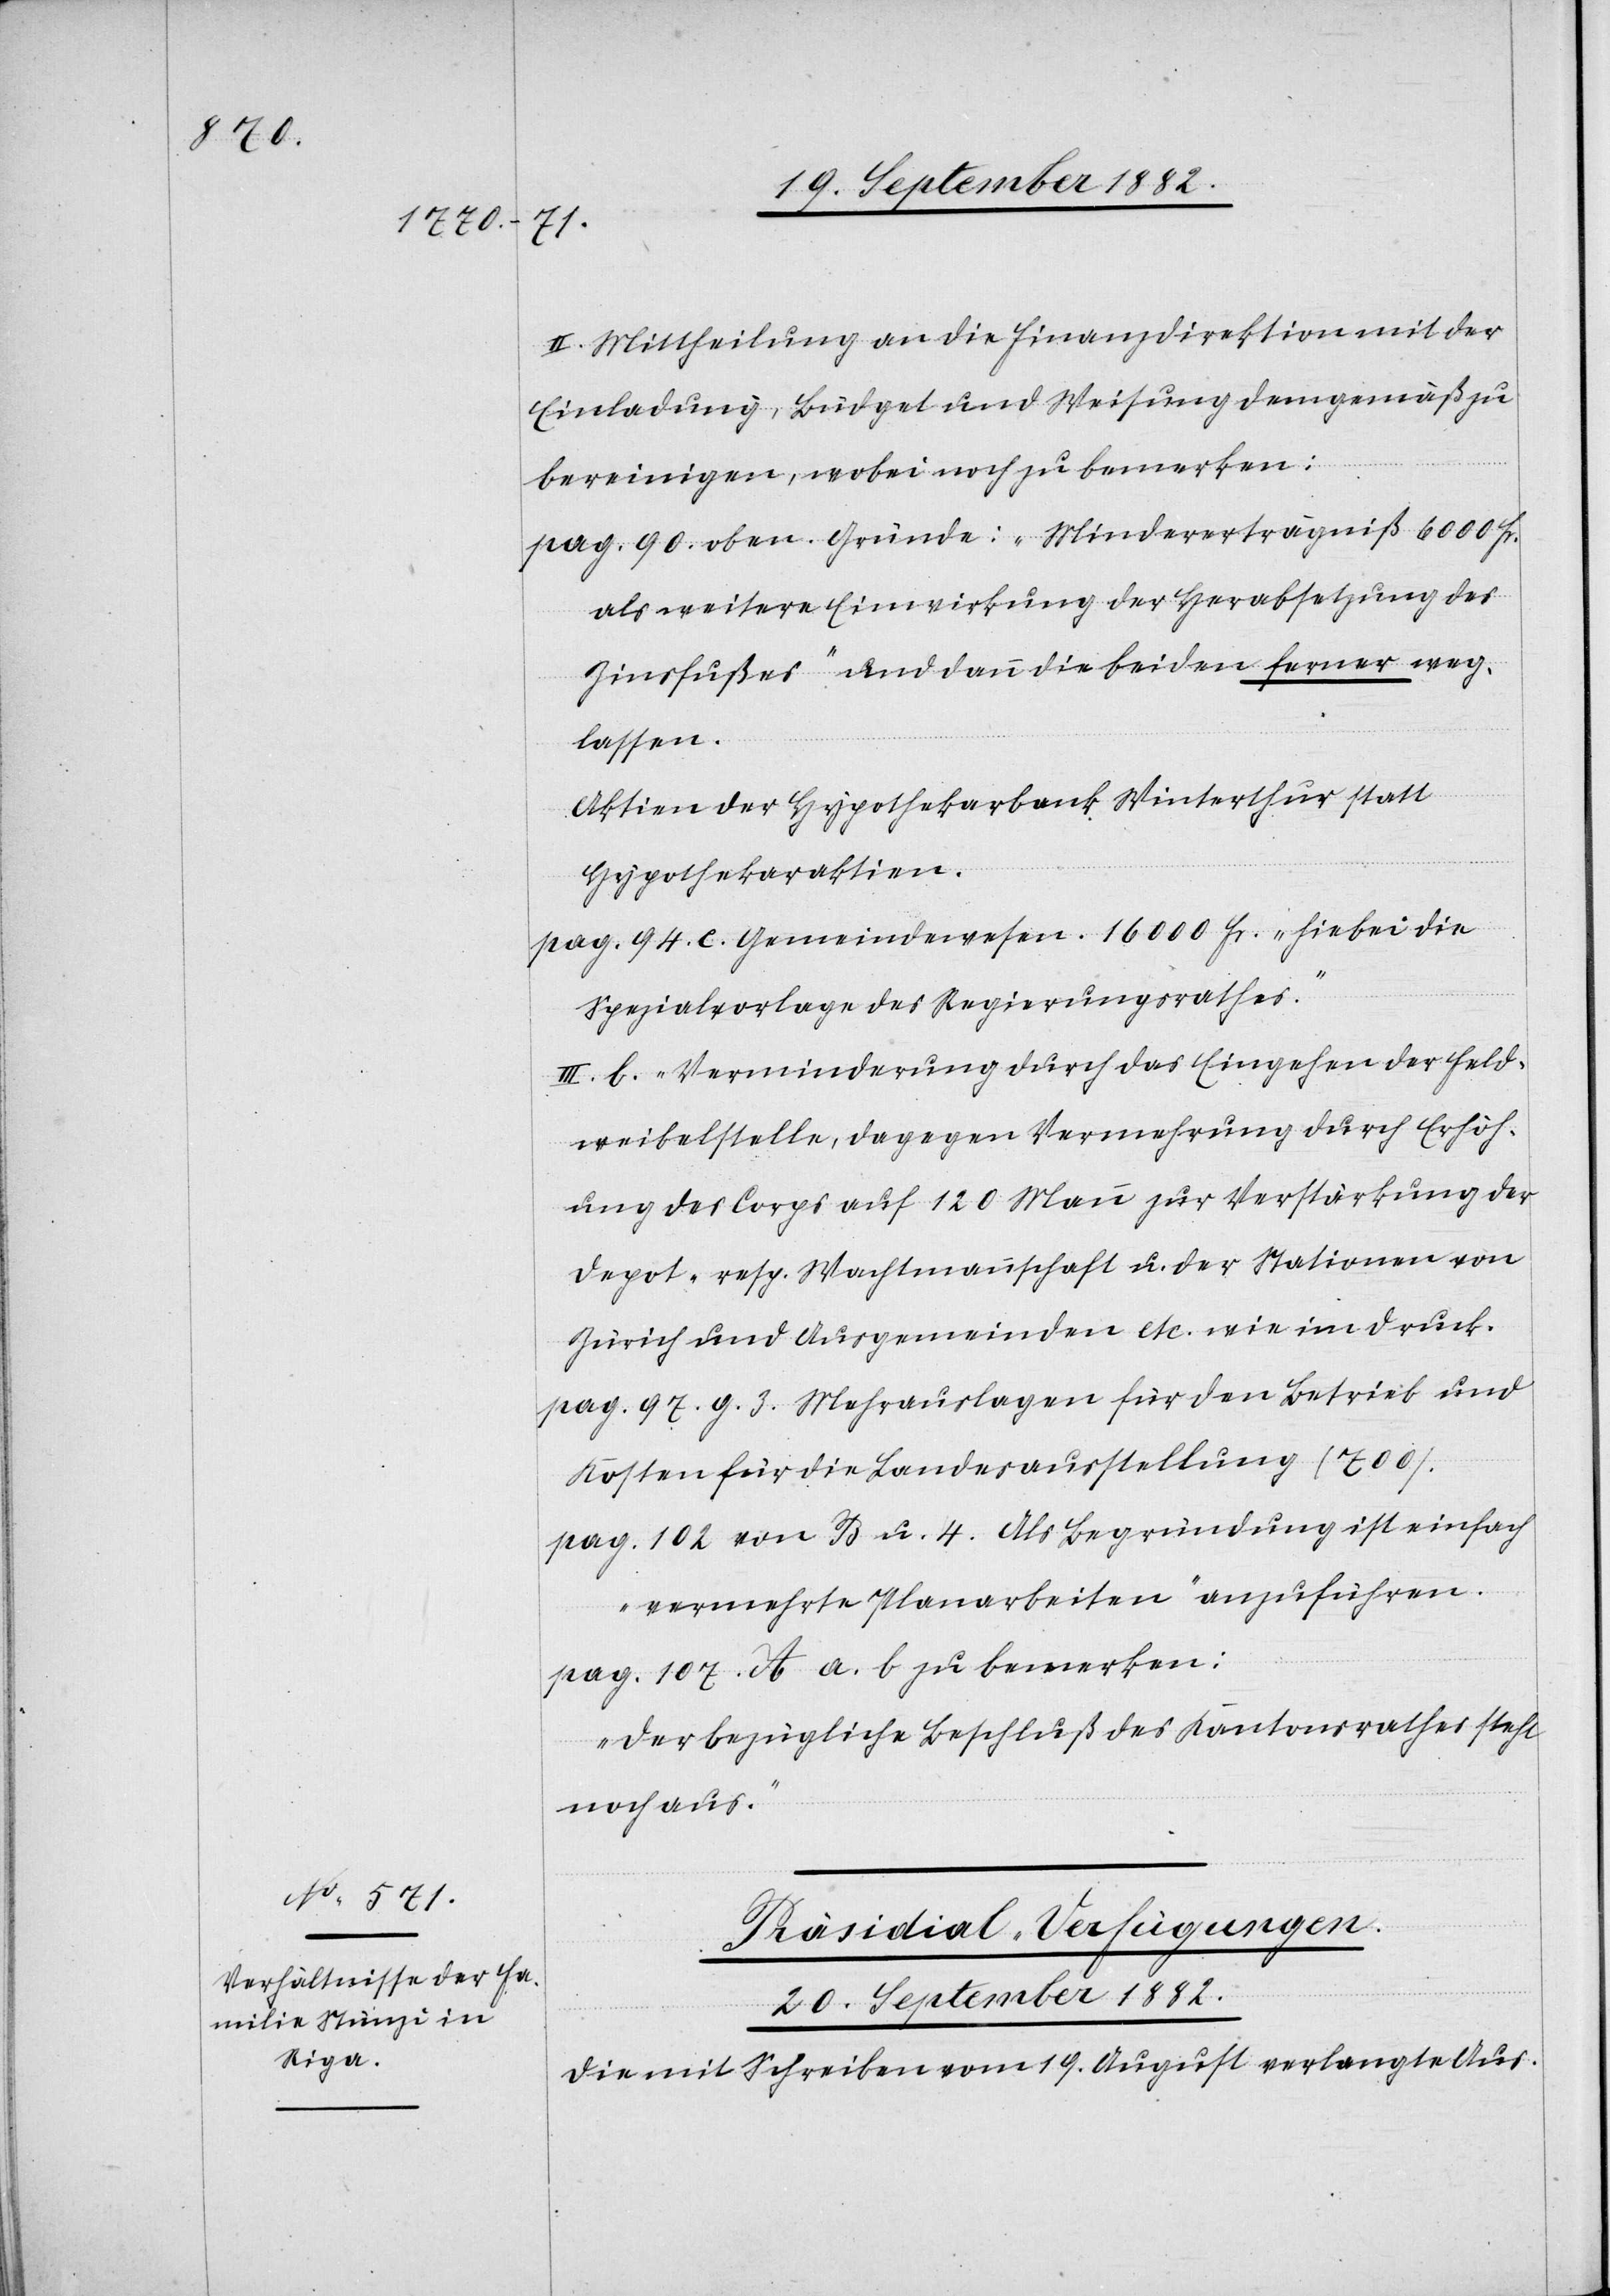
II. Mittheilung an die Finanzdirektion mit der
Einladung, Büdget und Weisung demgemäß zu
bereinigen, wobei noch zu bemerken:
pag. 890. oben. Gründe: „Mindererträgniß 6000 Fr.
als weitere Einwirkung der Herabsetzung des
Zinsfußes.“ und dann die beiden ferner weg¬
lassen.
Aktien der Hypothekarbank Winterthur statt
Hypothekaraktien.
pag. 94. c. Gemeindewesen. 16000 Fr. „Hiebei die
Spezialvorlage des Regierungsrathes.“
III. b. „Verminderung durch das Eingehen der Feld¬
weibelstelle, dagegen Vermehrung durch Erhöh¬
ung des Corps auf 120 Mann zur Verstärkung der
Depot- resp. Wachtmannschaft u. der Stationen von
Zürich und Ausgemeinden etc. wie im Druck.
pag. 97. g. 3. Mehrausgaben für den Betrieb und
Kosten für die Landesausstellung (700).
pag. 102 von B u. 4. Als Begründung ist einfach
„vermehrte Planarbeiten“ anzuführen.
pag. 107. A a. b zu bemerken:
„Der bezügliche Beschluß des Kantonsrathes steht
noch aus.“
Präsidial-Verfügungen.
20. September 1882.
Die mit Schreiben vom 19. August verlangte Aus-